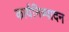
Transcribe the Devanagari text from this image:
कार्यनिष्‍पादन